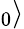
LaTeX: _0\rangle